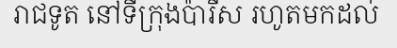
រាជទូត នៅទីក្រុងប៉ារីស រហូតមកដល់